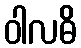
ဝါလဓိ